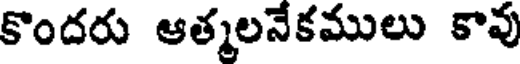
కొందరు ఆత్మలనేకములు కావు